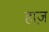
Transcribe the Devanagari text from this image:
हाज़